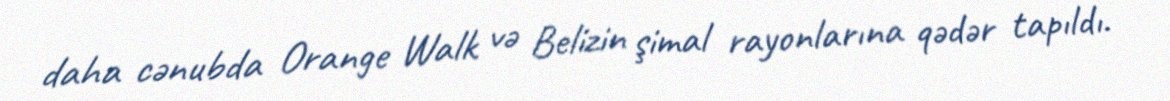
daha cənubda Orange Walk və Belizin şimal rayonlarına qədər tapıldı.